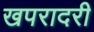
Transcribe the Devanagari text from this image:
खपरादरी